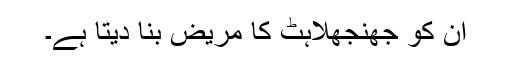
ان کو جھنجھلاہٹ کا مریض بنا دیتا ہے۔